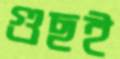
গুছই